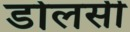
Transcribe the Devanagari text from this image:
डोलसी